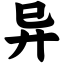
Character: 异